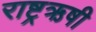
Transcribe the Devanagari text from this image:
राष्ट्रऋषी